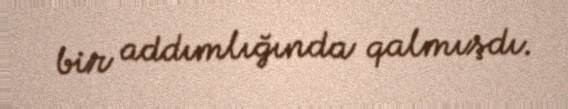
bir addımlığında qalmışdı.